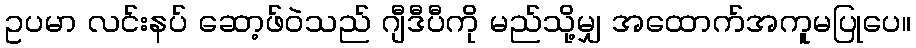
ဥပမာ လင်းနပ် ဆော့ဖ်ဝဲသည် ဂျီဒီပီကို မည်သို့မျှ အထောက်အကူမပြုပေ။